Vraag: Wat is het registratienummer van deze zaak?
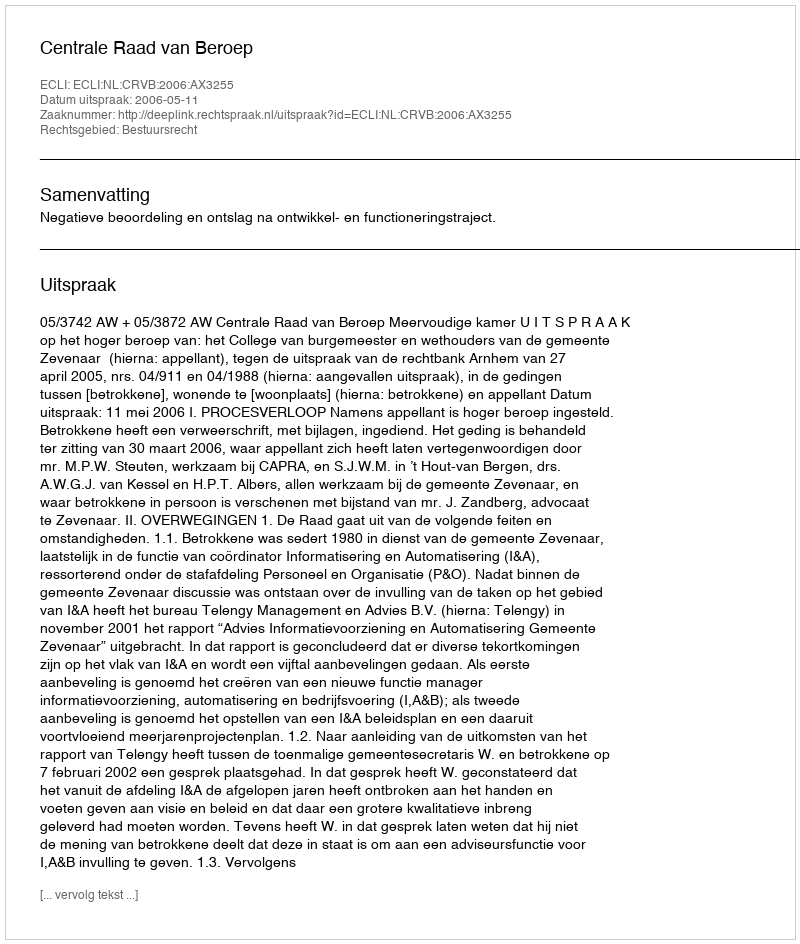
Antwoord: http://deeplink.rechtspraak.nl/uitspraak?id=ECLI:NL:CRVB:2006:AX3255